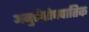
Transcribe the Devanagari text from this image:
अनुत्तोरोपपातिक